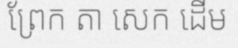
ព្រែក តា សេក ដើម